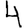
Digit: 4